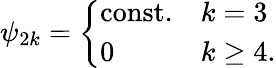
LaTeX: \psi_{2k}=\left\{ \begin{array}{ll}{{\mathrm{const.}}}&{{k=3}}\\ {{0}}&{{k\geq 4.}}\end{array}\right.